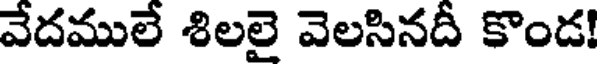
వేదములే శిలలై వెలసినదీ కొండ!